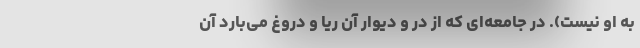
به او نیست). در جامعه‌ای که از در و دیوار آن ریا و دروغ می‌بارد آن